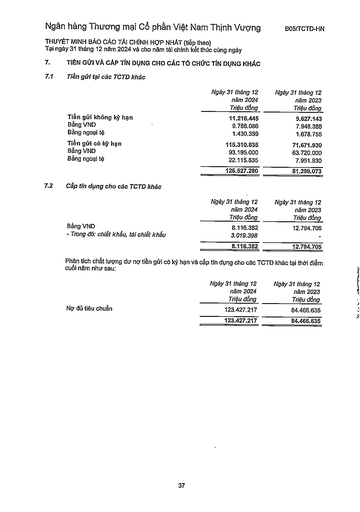
||Ngày 31 tháng 12 năm 2024 Triệu đồng|Ngày 31 tháng 12 năm 2023 Triệu đồng| |---|---|---| |Tiền gửi không kỳ hạn|11.216.445|9.627.143| |Bằng VND|9.786.086|7.948.388| |Bằng ngoại tệ|1.430.359|1.678.755| |Tiền gửi có kỳ hạn|115.310.835|71.671.930| |Bằng VND|93.195.000|63.720.000| |Bằng ngoại tệ|22.115.835|7.951.930| ||126.527.280|81.299.073| ||Ngày 31 tháng 12 năm 2024 Triệu đồng|Ngày 31 tháng 12 năm 2023 Triệu đồng| |---|---|---| |Bằng VND|8.116.382|12.794.705| |- Trong đó: chiết khấu, tái chiết khấu|3.019.398|-| ||8.116.382|12.794.705| ||Ngày 31 tháng 12 năm 2024 Triệu đồng|Ngày 31 tháng 12 năm 2023 Triệu đồng| |---|---|---| |Nợ đủ tiêu chuẩn|123.427.217|84.466.635| ||123.427.217|84.466.635|